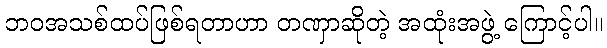
ဘဝအသစ်ထပ်ဖြစ်ရတာဟာ တဏှာဆိုတဲ့ အထုံးအဖွဲ့ ကြောင့်ပါ။